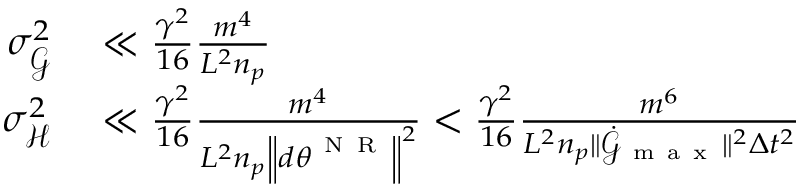
\begin{array} { r l } { \sigma _ { \mathcal { G } } ^ { 2 } } & { { } \ll \frac { \gamma ^ { 2 } } { 1 6 } \frac { m ^ { 4 } } { L ^ { 2 } n _ { p } } } \\ { \sigma _ { \mathcal { H } } ^ { 2 } } & { { } \ll \frac { \gamma ^ { 2 } } { 1 6 } \frac { m ^ { 4 } } { L ^ { 2 } n _ { p } \left\lVert d { \boldsymbol { \theta } } ^ { \mathrm { ~ N ~ R ~ } } \right\rVert ^ { 2 } } < \frac { \gamma ^ { 2 } } { 1 6 } \frac { m ^ { 6 } } { L ^ { 2 } n _ { p } \lVert \dot { \mathcal { G } } _ { \mathrm { ~ m ~ a ~ x ~ } } \rVert ^ { 2 } \Delta t ^ { 2 } } } \end{array}